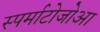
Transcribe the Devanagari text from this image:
स्पर्माटोजोआ